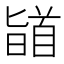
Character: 䭫